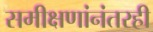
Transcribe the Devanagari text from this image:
समीक्षणांनंतरही